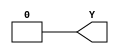
module NV_BLKBOX_SRC0(Y);
  (* src = "/u/yuzeng/nvdla1/hw/outdir/nv_full/vmod/vlibs/NV_BLKBOX_SRC0.v:12" *)
  output Y;
  assign Y = 1'b0;
  assign Y = Y ~^ Y;
endmodule